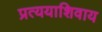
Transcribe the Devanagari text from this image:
प्रत्ययाशिवाय